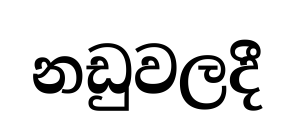
නඩුවලදී